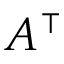
A ^ { \intercal }